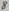
Text: 9